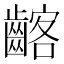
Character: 𪘺